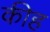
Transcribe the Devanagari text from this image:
कीह